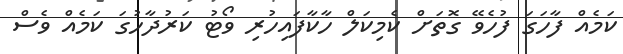
ކަމެއް ފާހަގަ ފުހެވޭ ގޮތަށް ކެމިކަލް ހާކާފައިހުރި ވޯޓު ކަރުދާހުގަ ކަމެއް ވެސް